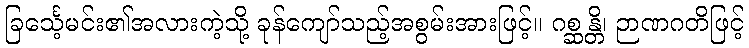
ခြင်္သေ့မင်း၏အလားကဲ့သို့ ခုန်ကျော်သည့်အစွမ်းအားဖြင့်။ ဂစ္ဆန္တိ၊ ဉာဏဂတိဖြင့်